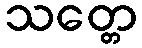
သတ္တေ